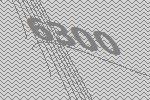
6300